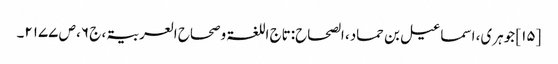
[۱۵] جوہری، اسماعیل بن حماد، الصحاح:تاج اللغۃ وصحاح العربیۃ، ج ۶، ص ۲۱۷۷۔